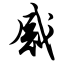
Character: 感